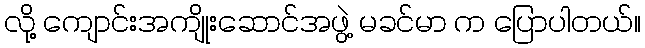
လို့ ကျောင်းအကျိုးဆောင်အဖွဲ့ မခင်မာ က ပြောပါတယ်။